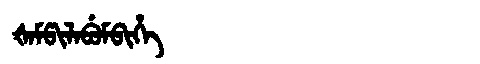
Manchu: ᡧᠠᠮᡦᡳᠯᠠᠪᡠᠮᠪᡳᡥᡝ
Romanization: ŠAMPILABUMBIHE